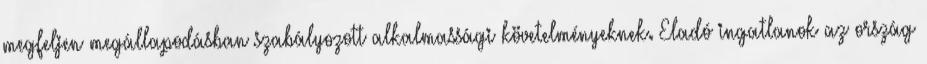
megfeljen megállapodásban szabályozott alkalmassági követelményeknek. Eladó ingatlanok az ország